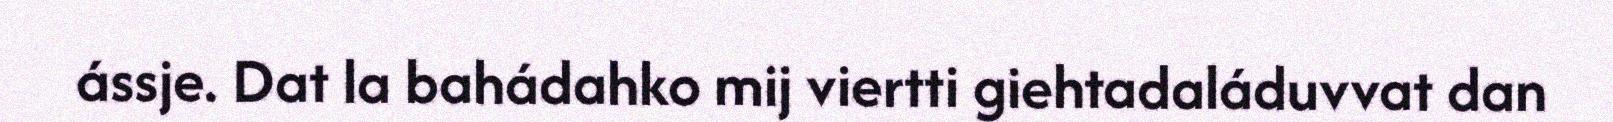
ássje. Dat la bahádahko mij viertti giehtadaláduvvat dan